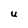
Character: U